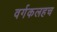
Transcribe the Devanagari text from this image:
वर्गकलहच